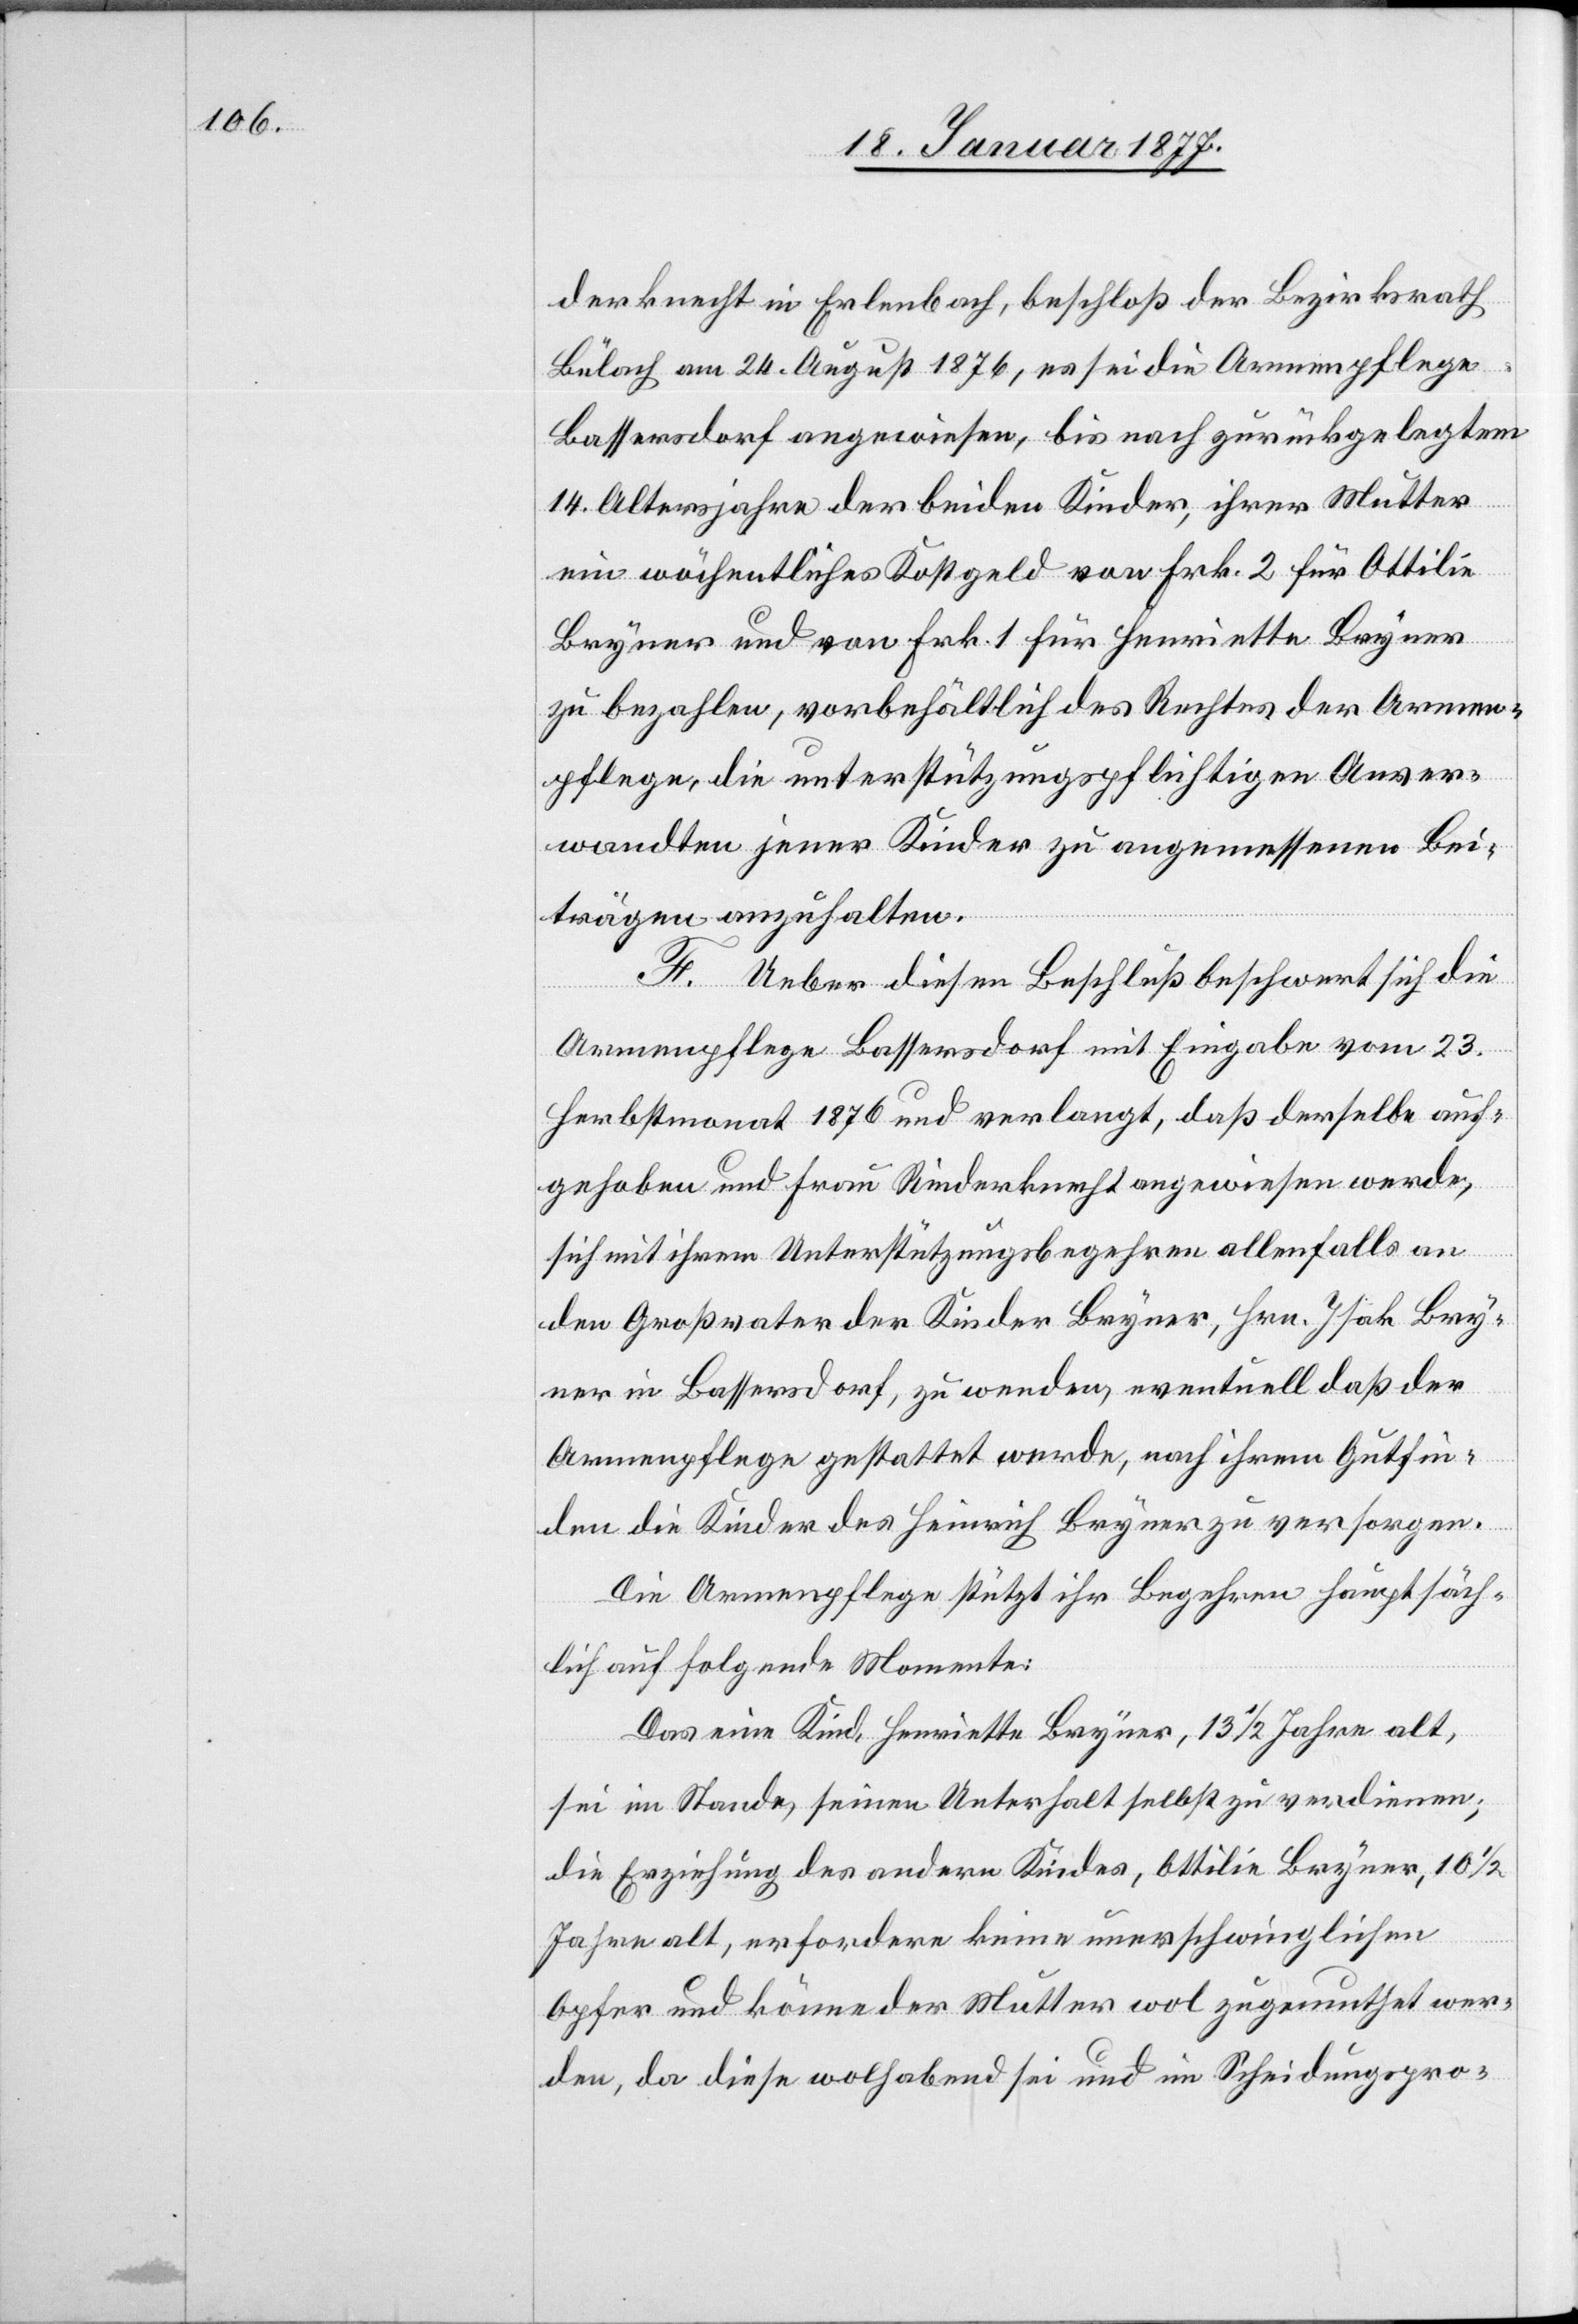
derknecht in Erlenbach, beschloß der Bezirksrath
Bülach am 24. August 1876, es sei die Armenpflege
Bassersdorf angewiesen, bis nach zurückgelegtem
14. Altersjahre der beiden Kinder, ihrer Mutter
ein wöchentliches Kostgeld von Frk. 2 für Ottilie
Bryner und von Frk. 1 für Henriette Bryner
zu bezahlen, vorbehältlich des Rechtes der Armen¬
pflege, die unterstützungspflichtigen Anver¬
wandten jener Kinder zu angemessenen Bei¬
trägen anzuhalten.
F. Ueber diesen Beschluß beschwert sich die
Armenpflege Bassersdorf mit Eingabe vom 23.
Herbstmonat 1876 und verlangt, daß derselbe auf¬
gehoben und Frau Rinderknecht angewiesen werde,
sich mit ihrem Unterstützungsbegehren allenfalls an
den Großvater der Kinder Bryner, Hrn. Isak Bry¬
ner in Bassersdorf, zu wenden, eventuell daß der
Armenpflege gestattet werde, nach ihrem Gutfin¬
den die Kinder des Heinrich Bryner zu versorgen.
Die Armenpflege stützt ihr Begehren hauptsäch¬
lich auf folgende Momente:
Das eine Kind, Henriette Bryner, 13 1/2 Jahre alt,
sei im Stande, seinen Unterhalt selbst zu verdienen;
die Erziehung des andern Kindes, Ottilie Bryner, 10 1/2
Jahre alt, erfordere keine unerschwinglichen
Opfer und könne der Mutter wol zugemuthet wer¬
den, da diese wolhabend sei und im Scheidungspro-